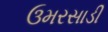
ઉમરસાડી